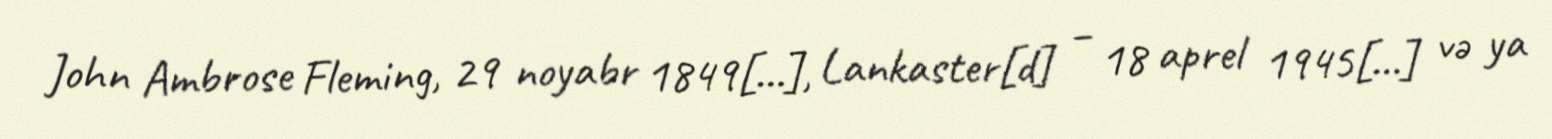
John Ambrose Fleming, 29 noyabr 1849[…], Lankaster[d] – 18 aprel 1945[…] və ya